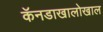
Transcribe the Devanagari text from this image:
कॅनडाखालोखाल